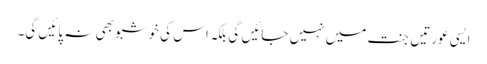
ایسی عورتیں جنت میں نہیں جائیں گی بلکہ اس کی خوشبو بھی نہ پائیں گی۔